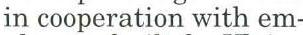
in cooperation with em-